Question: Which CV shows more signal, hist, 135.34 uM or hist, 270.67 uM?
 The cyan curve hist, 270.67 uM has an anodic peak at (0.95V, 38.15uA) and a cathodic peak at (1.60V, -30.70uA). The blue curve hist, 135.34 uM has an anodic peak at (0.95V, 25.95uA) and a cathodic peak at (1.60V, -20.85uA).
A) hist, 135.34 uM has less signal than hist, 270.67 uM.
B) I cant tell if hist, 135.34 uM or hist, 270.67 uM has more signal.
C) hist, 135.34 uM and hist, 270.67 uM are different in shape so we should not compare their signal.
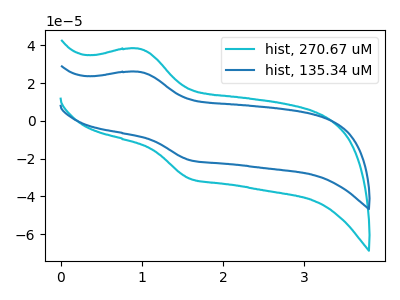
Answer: <think>All the peaks in "hist, 135.34 uM" have a peak in "hist, 270.67 uM" at the same potential. Every peak in "hist, 135.34 uM" is lower than every peak in "hist, 270.67 uM".
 </think>
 <answer>A) "hist, 135.34 uM" has less signal than "hist, 270.67 uM".</answer>
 <eval>A</eval>